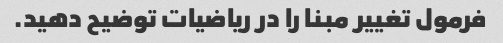
فرمول تغییر مبنا را در ریاضیات توضیح دهید.